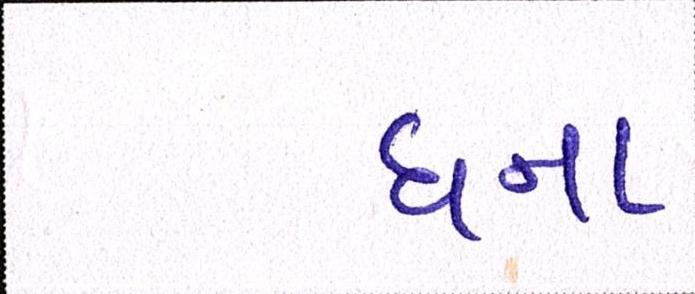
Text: ઘના